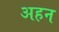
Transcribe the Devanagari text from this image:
अहन